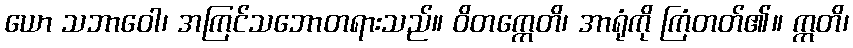
ယော သဘာဝေါ၊ အကြင်သဘောတရားသည်။ ဝိတက္ကေတိ၊ အာရုံကို ကြံတတ်၏။ ဣတိ၊